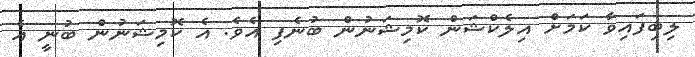
ލިބިފައިވާ ކަމަށް އިލެކްޝަން ކޮމިޝަނުން ބުނެފި އެވެ. އެ ކޮމިޝަނުން ބުނީ އެ